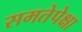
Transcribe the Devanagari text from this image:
समतेपेक्षा